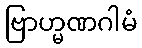
ဗြာဟ္မဏဂါမံ